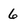
Character: 6